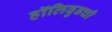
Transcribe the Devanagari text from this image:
हॉलिवुडची